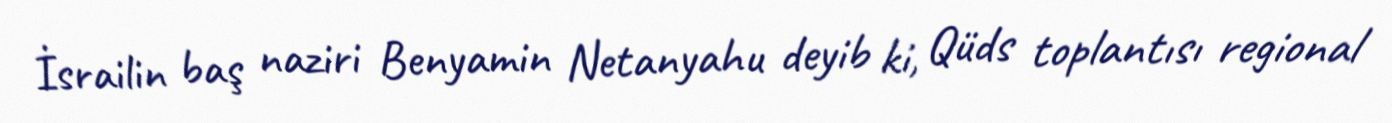
İsrailin baş naziri Benyamin Netanyahu deyib ki, Qüds toplantısı regional